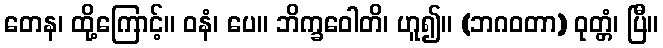
တေန၊ ထို့ကြောင့်။ ဝနံ၊ ပေ။ ဘိက္ခဝေါတိ၊ ဟူ၍။ (ဘဂဝတာ) ဝုတ္တံ၊ ပြီ။